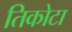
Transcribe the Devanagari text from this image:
तिकोटा